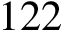
1 2 2